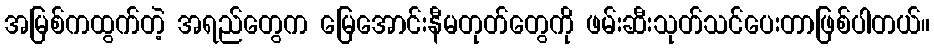
အမြစ်ကထွက်တဲ့ အရည်တွေက မြေအောင်းနီမတုတ်တွေကို ဖမ်းဆီးသုတ်သင်ပေးတာဖြစ်ပါတယ်။